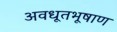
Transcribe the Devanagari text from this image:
अवधूतभूषाण